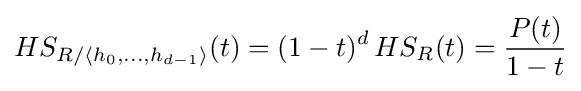
HS_{R/\langle h_{0},\ldots ,h_{d-1}\rangle }(t)=(1-t)^{d}\,HS_{R}(t)={\frac {P(t)}{1-t}}